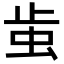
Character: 𧉘